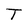
Character: T